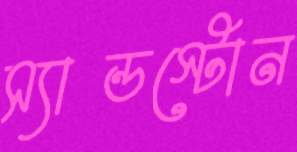
স্যান্ডস্টোন